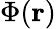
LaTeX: \Phi(\mathbf{r})